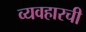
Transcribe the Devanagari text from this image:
व्यवहारची